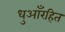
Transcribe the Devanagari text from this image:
धुआँरहित